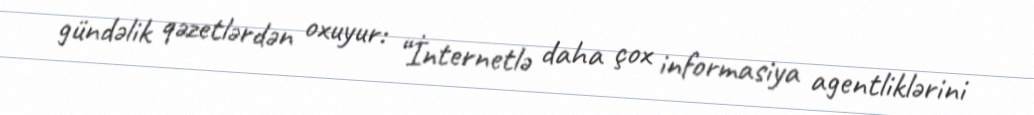
gündəlik qəzetlərdən oxuyur: “İnternetlə daha çox informasiya agentliklərini